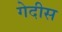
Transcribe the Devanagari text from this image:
गेदीस